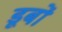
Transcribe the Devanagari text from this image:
डूबों